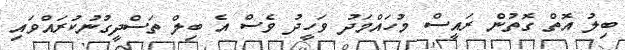
ބިލު އޮތް ގޮތުން ރައީސް މުހައްމަދު ވަހީދު ވެސް އެ ބިލް ތަސްދީގުނުކުރައްވައި